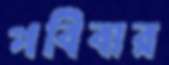
পবিবার